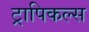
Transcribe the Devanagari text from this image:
ट्रापिकल्स